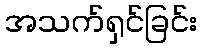
အသက်ရှင်ခြင်း